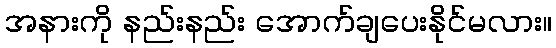
အနားကို နည်းနည်း အောက်ချပေးနိုင်မလား။